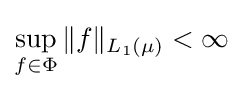
\sup _{f\in \Phi }\|f\|_{L_{1}(\mu )}<\infty